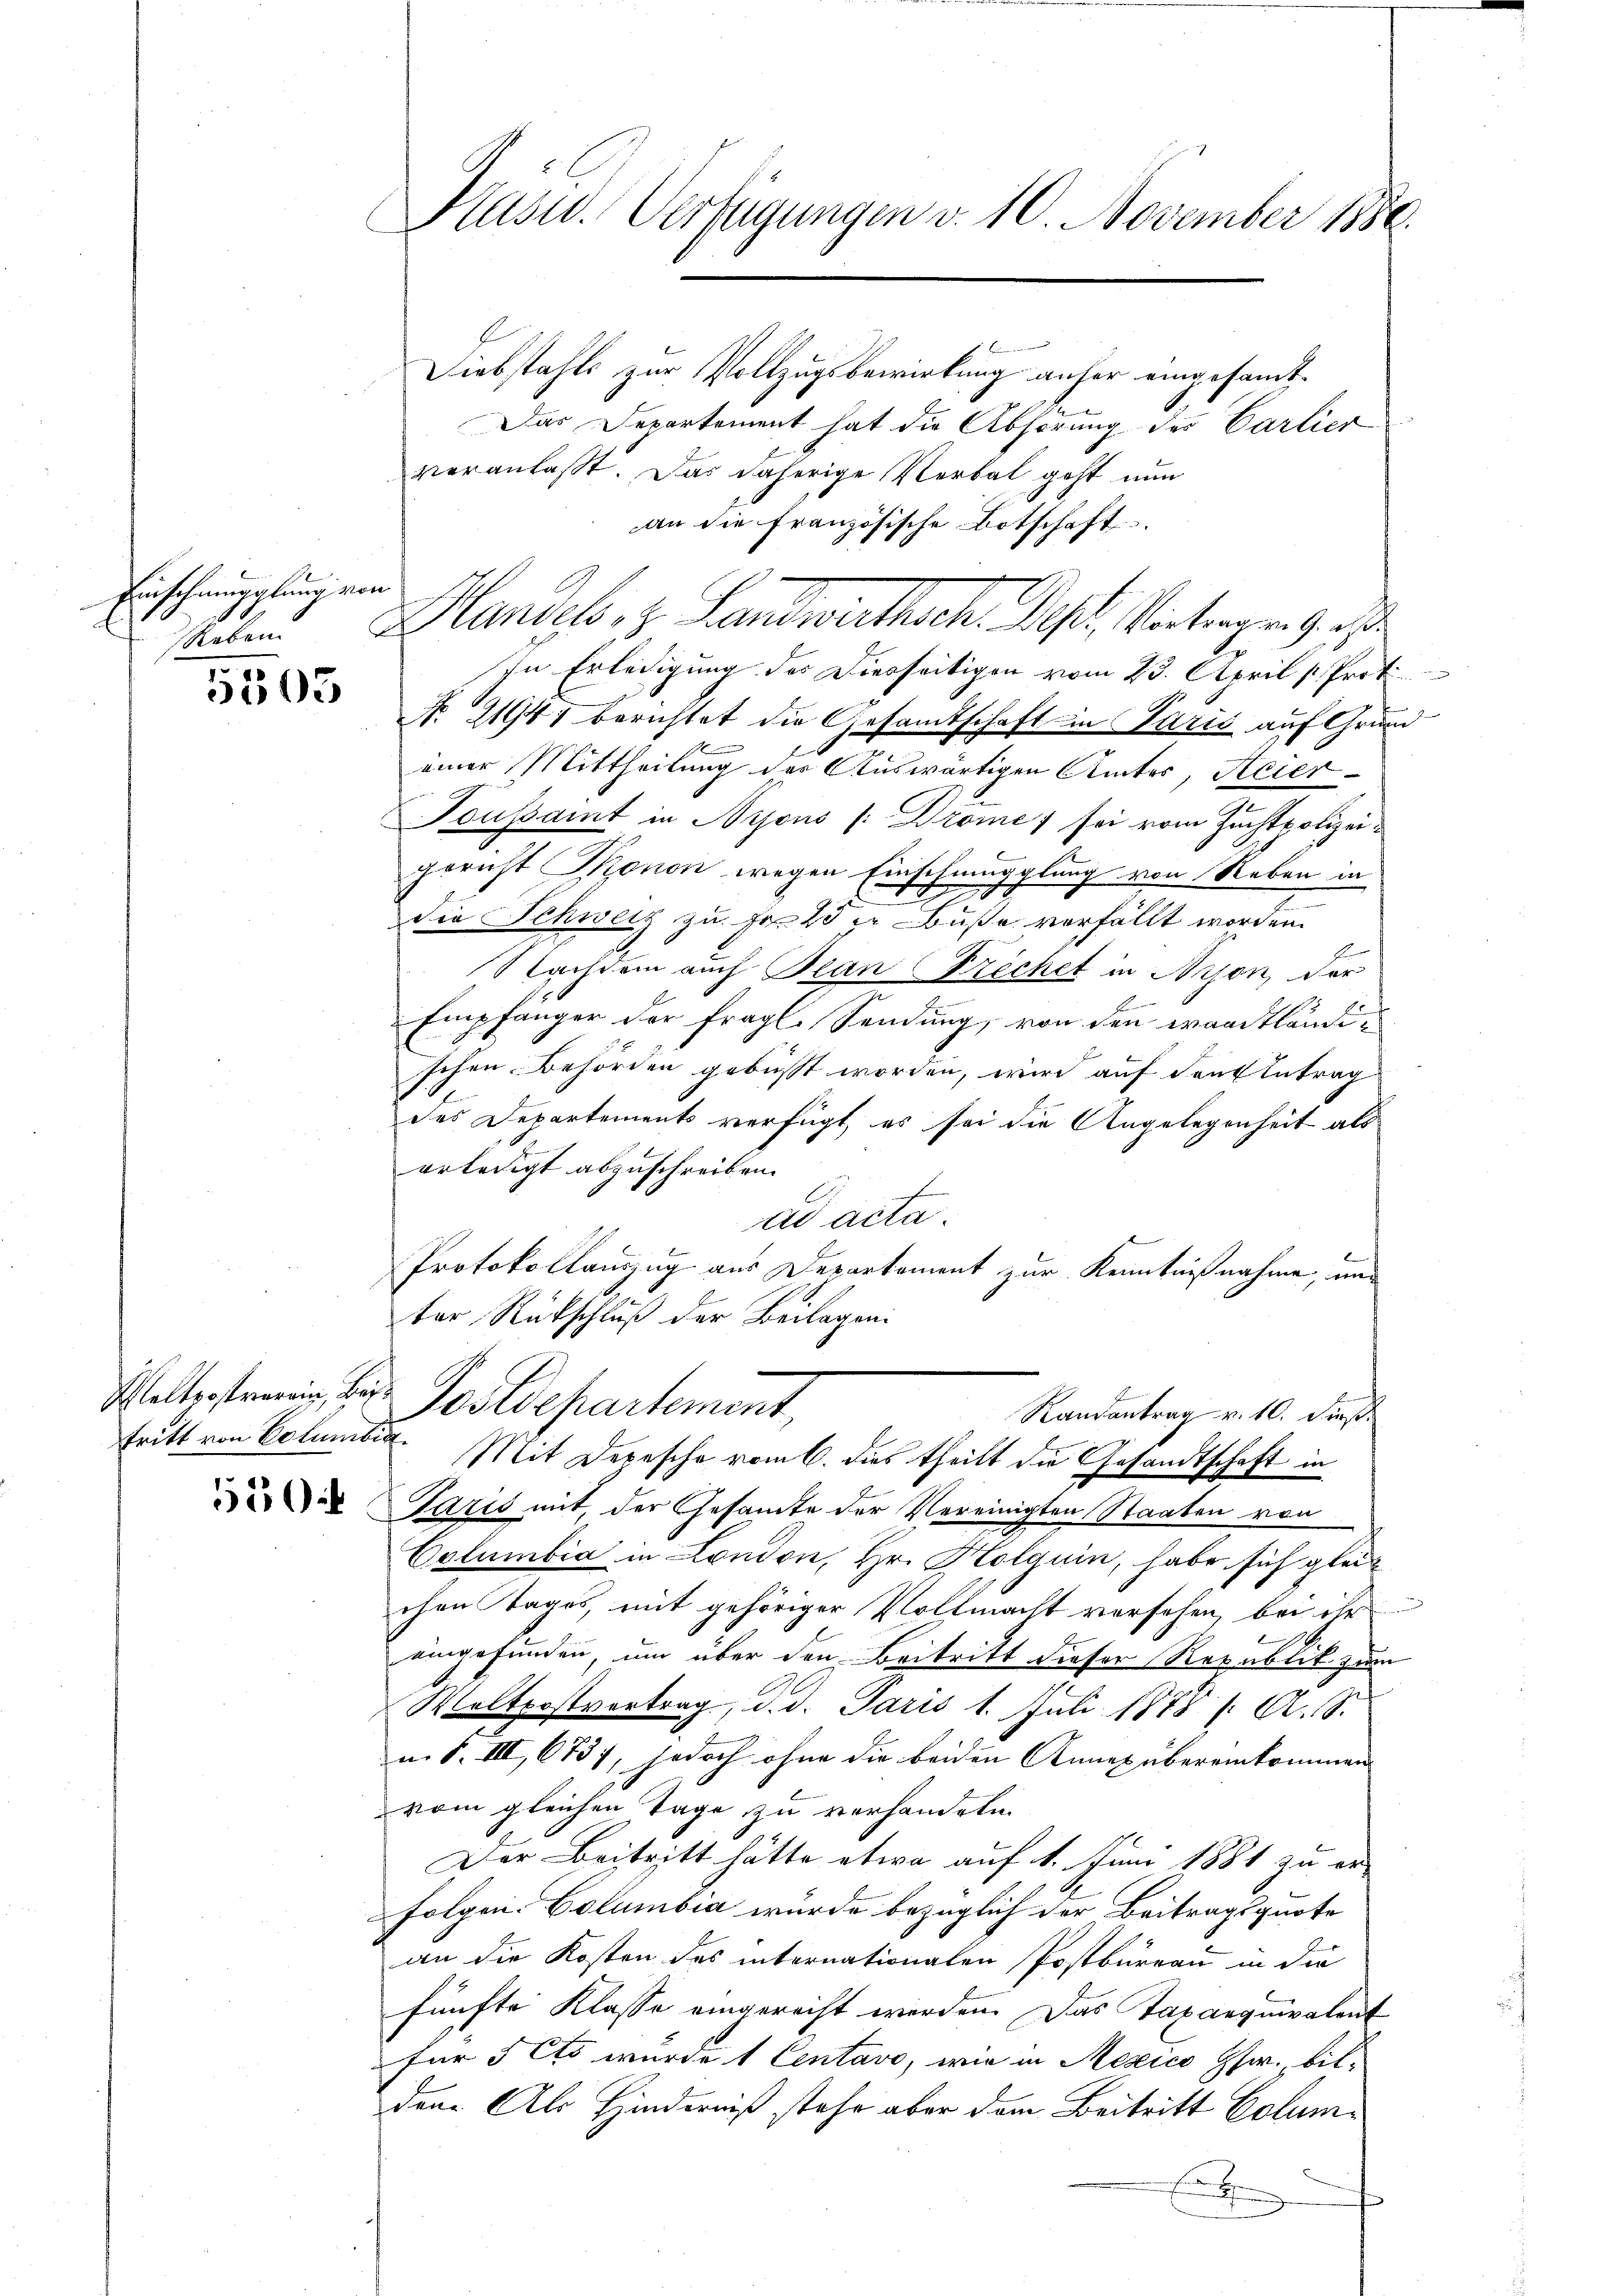
Einschmiegelung von
Sieben

5505

tritt von Columbia

550

Kasu. Verfügungen v. 10. November 1880.

Diebstahls zur Vollzugsbewirkung anher eingesamt-
Das Departement hat die Abhörung des Carlier
veranlaßt. Das daherige Verbal geht nun
an die französische Botschaft.
Handel, z. Landwirthsch. Ist Vertragung
In Erledigung des Diesseitigen vom 23. April v. Prot
No. 21947 berichtet die Gesamtschaft in Paris auf Grund
einer Mittheilung des Auswärtigen Amtes, Acier¬
Toussamt in Nyons /:Drome sei vom Zuchtpolizeigericht Monon wegen Einschmugglung von Neben in
a
Die Schweiz zu Fr. 25 u. Buße verfällt worden.
E
Nachdem auch Plan (Frechet in Arson der
Empfänger der fragl. Sendung, von den waadtländischen Behörden gebüsst worden, wird auf den Antrag
des Departements verfügt, es sei die Angelegenheit als
erledigt abzuschreiben.
ad acta
Protokollauszug aus Departement zur Kenntnißnahme, und
ter Rückschluß der Beilagen:
Weltgestreuen, das Postdepartement,
Randantrag v. 10. dieß
Mit Depesche vom 6. dies theilt die Gesandtschaft in
Paris mit, der Gesamte der Vereinigten Staaten von
Columbia in London, Hr. Holguin, habe sich gleichen Tages, mit gehöriger Vollmacht versehen, bei ihr
eingefunden, um über den Beitritt dieser Republik zum
Waltpostvertrag, d. d. Paris 1. Juli 1878 f. A. S.
i. S. III, 6737, jedoch ohne die beiden Annex übereinkommen |
vom gleichen Tage zu verhandeln.
Der Beitritt hätte etwa auf 1. Juni 1881 zu er¬
Folgen. Columbia wurde bezüglich der Beitragsquote
an die Kosten des internationalen Postbüreau in die
fünfte Klasse eingerecht werden. Das Taxanquivalent
für 5 Cts wurde 1 Centavo, wie in Mexico Hw. bilden. Als Hinderniß stehe aber dem Beitritt Colum¬